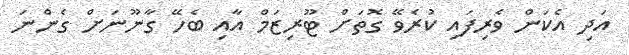
އަދި އެކަން ވެރިފައި ކުރެވޭ ގޮތަށް ޓޫރިޒަމް އާއި ބެހޭ ގާނޫނަށް ގެންނަ